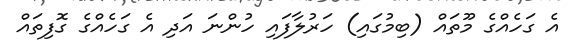
އެ ގަހެއްގެ މޫތައް (ބިމުގައި) ހަރުލާފައި ހުންނަ އަދި އެ ގަހެއްގެ ގޮފިތައް